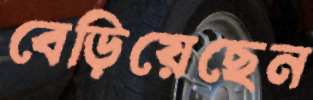
বেড়িয়েছেন